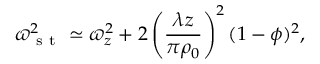
\varpi _ { \mathrm { ~ s ~ t ~ } } ^ { 2 } \simeq \varpi _ { z } ^ { 2 } + 2 \left( \frac { \lambda z } { \pi \rho _ { 0 } } \right) ^ { 2 } ( 1 - \phi ) ^ { 2 } ,